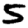
Digit: 5